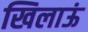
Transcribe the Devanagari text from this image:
खिलाऊं